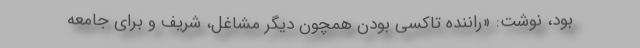
بود، نوشت: «راننده تاکسی بودن همچون دیگر مشاغل، شریف و برای جامعه